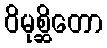
ဝိမုစ္ဆိတော